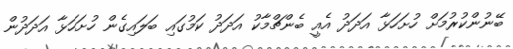
ބޭނުންކުރުމަށް ހުށަހަޅާ އަދަދު އެއީ ބެންޗްމާކު އަދަދު ކަމުގައި ބަލައިގެން ހުށަހަޅާ އަދަދުން